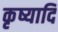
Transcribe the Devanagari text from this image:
कृष्यादि